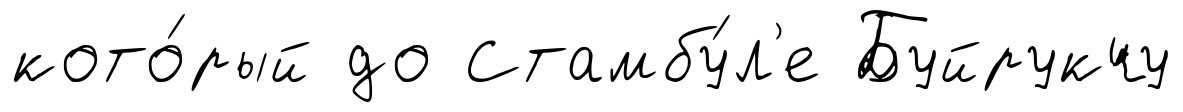
кото́рый до Стамбу́л'е Буйрукчу